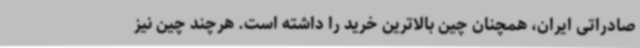
صادراتی ایران، همچنان چین بالاترین خرید را داشته است. هرچند چین نیز